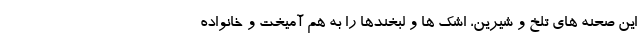
این صحنه های تلخ و شیرین، اشک ها و لبخندها را به هم آمیخت و خانواده